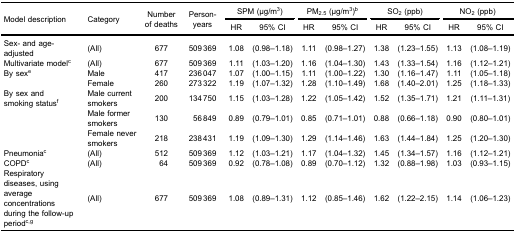
<table><thead><tr><td rowspan="3"><b>Model description</b></td><td rowspan="3"><b>Category</b></td><td rowspan="3"><b>Numberof deaths</b></td><td rowspan="3"><b>Person-years</b></td><td colspan="2"><b>SPM (μg/m<sup>3</sup>)</b></td><td colspan="2"><b>PM<sub>2.5</sub> (μg/m<sup>3</sup>)<sup>b</sup></b></td><td colspan="2"><b>SO<sub>2</sub> (ppb)</b></td><td colspan="2"><b>NO<sub>2</sub> (ppb)</b></td></tr><tr><td><b>HR</b></td><td><b>95% CI</b></td><td><b>HR</b></td><td><b>95% CI</b></td><td><b>HR</b></td><td><b>95% CI</b></td><td><b>HR</b></td><td><b>95% CI</b></td></tr></thead><tbody><tr><td>Sex- and age-adjusted</td><td>(All)</td><td>677</td><td>509 369</td><td>1.08</td><td>(0.98–1.18)</td><td>1.11</td><td>(0.98–1.27)</td><td>1.38</td><td>(1.23–1.55)</td><td>1.13</td><td>(1.08–1.19)</td></tr><tr><td>Multivariate model<sup>c</sup></td><td>(All)</td><td>677</td><td>509 369</td><td>1.11</td><td>(1.03–1.20)</td><td>1.16</td><td>(1.04–1.30)</td><td>1.43</td><td>(1.33–1.54)</td><td>1.16</td><td>(1.12–1.21)</td></tr><tr><td>By sex<sup>e</sup></td><td>Male</td><td>417</td><td>236 047</td><td>1.07</td><td>(1.00–1.15)</td><td>1.11</td><td>(1.00–1.22)</td><td>1.30</td><td>(1.16–1.47)</td><td>1.11</td><td>(1.05–1.18)</td></tr><tr><td> </td><td>Female</td><td>260</td><td>273 322</td><td>1.19</td><td>(1.07–1.32)</td><td>1.28</td><td>(1.10–1.49)</td><td>1.68</td><td>(1.40–2.01)</td><td>1.25</td><td>(1.18–1.33)</td></tr><tr><td>By sex and ​smoking status<sup>f</sup></td><td>Male current smokers</td><td>200</td><td>134 750</td><td>1.15</td><td>(1.03–1.28)</td><td>1.22</td><td>(1.05–1.42)</td><td>1.52</td><td>(1.35–1.71)</td><td>1.21</td><td>(1.11–1.31)</td></tr><tr><td> </td><td>Male former smokers</td><td>130</td><td>56 849</td><td>0.89</td><td>(0.79–1.01)</td><td>0.85</td><td>(0.71–1.01)</td><td>0.88</td><td>(0.66–1.18)</td><td>0.90</td><td>(0.80–1.01)</td></tr><tr><td> </td><td>Female never smokers</td><td>218</td><td>238 431</td><td>1.19</td><td>(1.09–1.30)</td><td>1.29</td><td>(1.14–1.46)</td><td>1.63</td><td>(1.44–1.84)</td><td>1.25</td><td>(1.20–1.30)</td></tr><tr><td>Pneumonia<sup>c</sup></td><td>(All)</td><td>512</td><td>509 369</td><td>1.12</td><td>(1.03–1.21)</td><td>1.17</td><td>(1.04–1.32)</td><td>1.45</td><td>(1.34–1.57)</td><td>1.16</td><td>(1.12–1.21)</td></tr><tr><td>COPD<sup>c</sup></td><td>(All)</td><td>64</td><td>509 369</td><td>0.92</td><td>(0.78–1.08)</td><td>0.89</td><td>(0.70–1.12)</td><td>1.32</td><td>(0.88–1.98)</td><td>1.03</td><td>(0.93–1.15)</td></tr><tr><td>Respiratory ​diseases, using​average concentrations​during the follow-up period<sup>c,g</sup></td><td>(All)</td><td>677</td><td>509 369</td><td>1.08</td><td>(0.89–1.31)</td><td>1.12</td><td>(0.85–1.46)</td><td>1.62</td><td>(1.22–2.15)</td><td>1.14</td><td>(1.06–1.23)</td></tr></tbody></table>